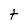
Character: t